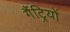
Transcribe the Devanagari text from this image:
गैंट्रियों